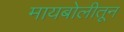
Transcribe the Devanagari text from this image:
मायबोलीतून